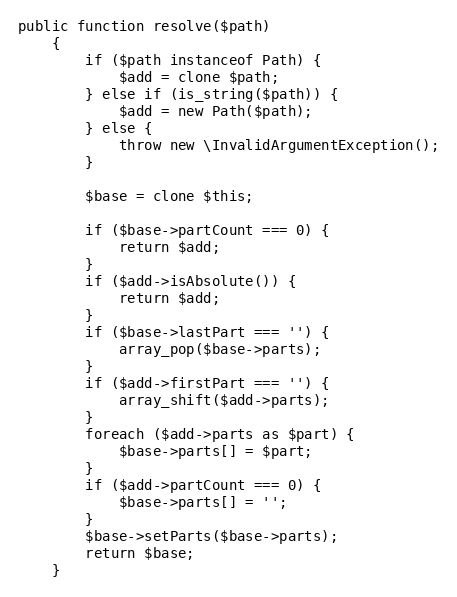
Language: PHP
public function resolve($path)
	{
		if ($path instanceof Path) {
			$add = clone $path;
		} else if (is_string($path)) {
			$add = new Path($path);
		} else {
			throw new \InvalidArgumentException();
		}

		$base = clone $this;

		if ($base->partCount === 0) {
			return $add;
		}
		if ($add->isAbsolute()) {
			return $add;
		}
		if ($base->lastPart === '') {
			array_pop($base->parts);
		}
		if ($add->firstPart === '') {
			array_shift($add->parts);
		}
		foreach ($add->parts as $part) {
			$base->parts[] = $part;
		}
		if ($add->partCount === 0) {
			$base->parts[] = '';
		}
		$base->setParts($base->parts);
		return $base;
	}